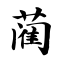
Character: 蔺